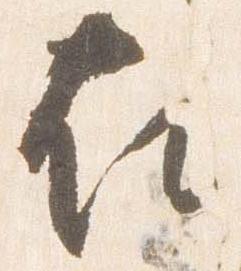
在